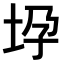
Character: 𫭧